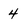
Character: 4